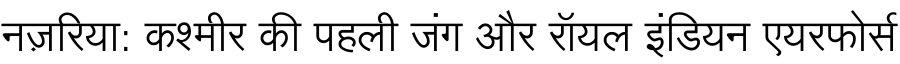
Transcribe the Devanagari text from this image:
नज़रिया: कश्मीर की पहली जंग और रॉयल इंडियन एयरफोर्स